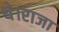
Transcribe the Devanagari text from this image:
थे।राजा